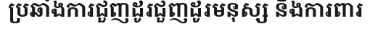
ប្រឆាំងការជួញដូរជួញដូរមនុស្ស និងការពារ